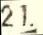
21.